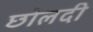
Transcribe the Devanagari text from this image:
छोलदी